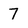
Character: 7